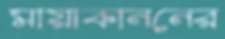
মায়াকাননের